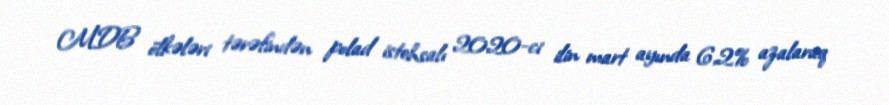
MDB ölkələri tərəfindən polad istehsalı 2020-ci ilin mart ayında 6,2% azalaraq